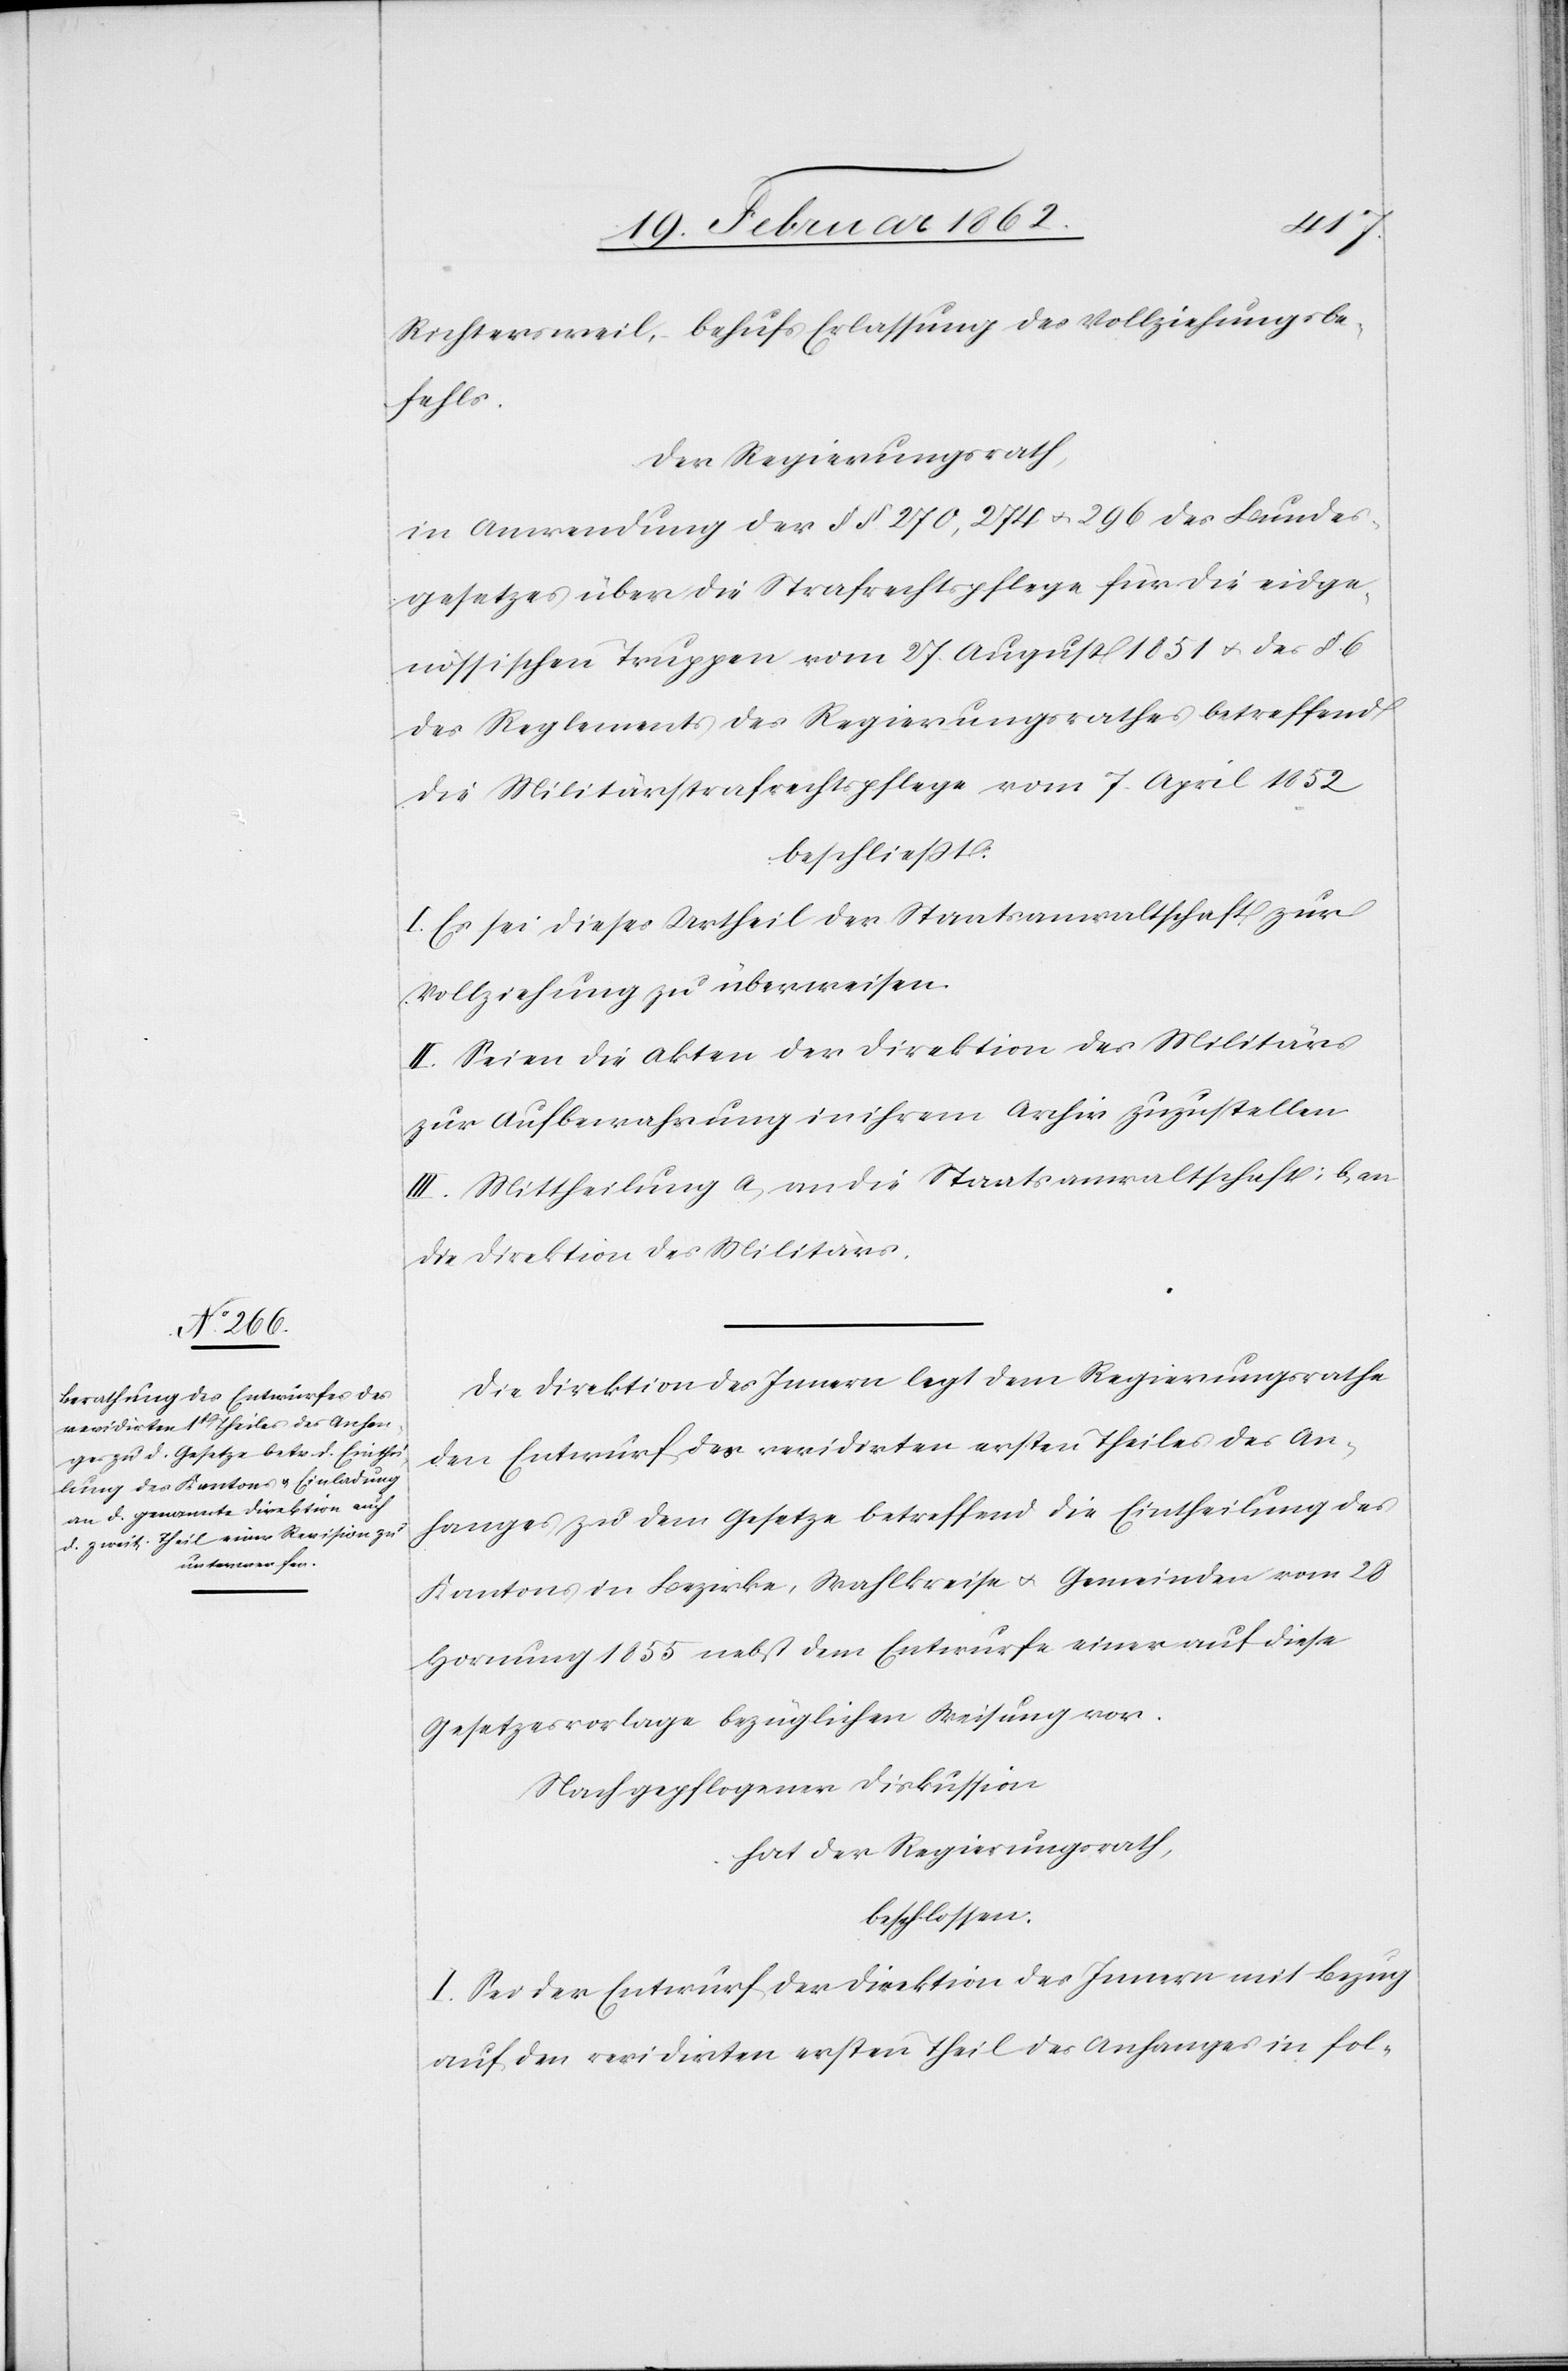
Richtersweil, behufs Erlassung des Vollziehungsbe¬
fehls.
Der Regierungsrath,
in Anwendung der § § 270, 274 u. 296 des Bundes¬
gesetzes über die Strafrechtspflege für die eidge¬
nössischen Truppen vom 27. August 1851 u. des § 6
des Reglements des Regierungsrathes betreffend
die Militärstrafrechtspflege vom 7. April 1852
beschließt:
I. Es sei dieses Urtheil der Staatsanwaltschaft zur
Vollziehung zu überweisen.
II. Seien die Akten der Direktion des Militärs
zur Aufbewahrung in ihrem Archiv zuzustellen.
III. Mittheilung a) an die Staatsanwaltschaft; b) an
die Direktion des Militärs.
Die Direktion des Innern legt dem Regierungsrathe
den Entwurf des revidirten ersten Theiles des An¬
fanges zu dem Gesetze betreffend die Eintheilung des
Kantons in Bezirke, Wahlkreise u. Gemeinden vom 28
Hornung 1855 nebst dem Entwurfe einer auf diese
Gesetzesvorlage bezüglichen Weisung vor.
Nach gepflogener Diskussion
hat der Regierungsrath,
beschlossen:
I. Sei der Entwurf der Direktion des Innern mit Bezug
auf den revidirten ersten Theil des Anfanges in fol-